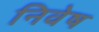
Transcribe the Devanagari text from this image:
निवेष